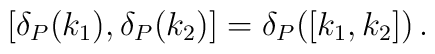
[\delta_{P}(k_{1}),\delta_{P}(k_{2})]=\delta_{P}([k_{1},k_{2}])\, .